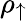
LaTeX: \rho_{\uparrow}